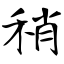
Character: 稍